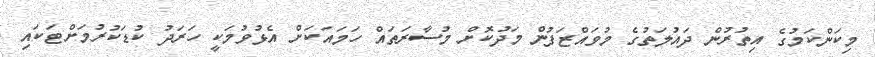
މިކަންކަމުގެ އިތުރުން ދައުލަތުގެ މުވައްޒަފުން މަދުކޮށް މުސާރަތައް ހަމައަކަށް އެޅުވުމަކީ ހަރަދު ކުޑަކުރުމަށްޓަކައި